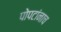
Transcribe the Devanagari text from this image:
पोपटांनाच